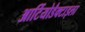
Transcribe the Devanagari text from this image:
आर्टियोडैक्टाइला